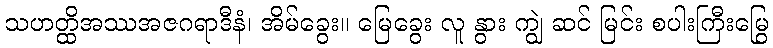
သဟတ္ထိအဿအဇဂရာဒီနံ၊ အိမ်ခွေး။ မြေခွေး လူ နွား ကျွဲ ဆင် မြင်း စပါးကြီးမြွေ